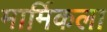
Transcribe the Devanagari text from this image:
मार्मिकला